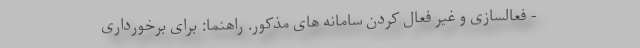
- فعالسازی و غیر فعال کردن سامانه های مذکور. راهنما: برای برخورداری